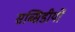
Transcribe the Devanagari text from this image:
सब्सिडीयों